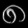
Digit: ၈